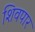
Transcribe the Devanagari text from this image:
शिवपार